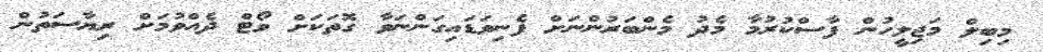
މިބިލް މަޖިލީހުން ފާސްކުރުމާ މެދު މެންބަރުންނަށް ފެނިވަޑައިގަންނަވާ ގޮތަކަށް ވޯޓް ދެއްވުމަށް ރިޔާސަތުން